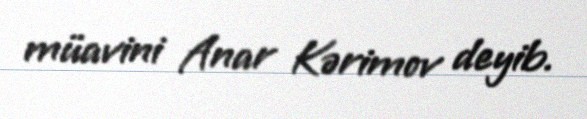
müavini Anar Kərimov deyib.